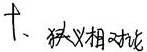
十、狭义相对论